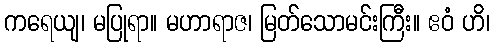
ကရေယျ၊ မပြုရာ။ မဟာရာဇ၊ မြတ်သောမင်းကြီး။ ဧဝံ ဟိ၊